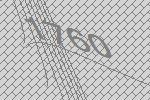
1760